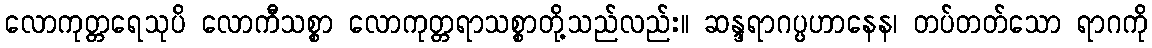
လောကုတ္တရေသုပိ လောကီသစ္စာ လောကုတ္တရာသစ္စာတို့သည်လည်း။ ဆန္ဒရာဂပ္ပဟာနေန၊ တပ်တတ်သော ရာဂကို